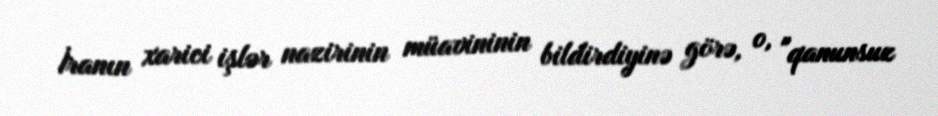
İranın xarici işlər nazirinin müavininin bildirdiyinə görə, o, "qanunsuz